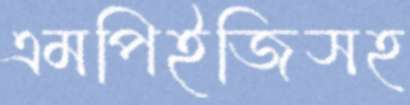
এমপিইজিসহ